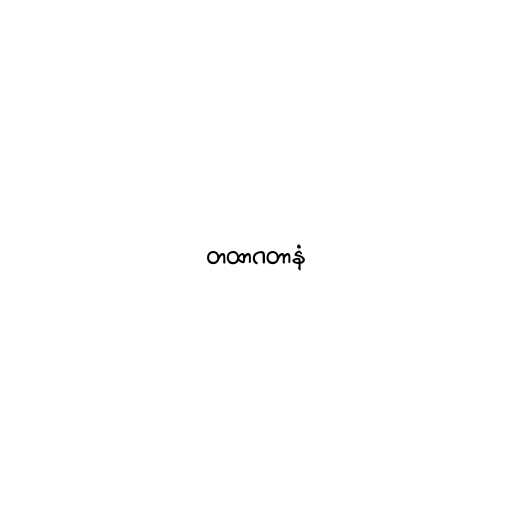
တထာဂတာနံ